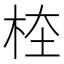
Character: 𣑖